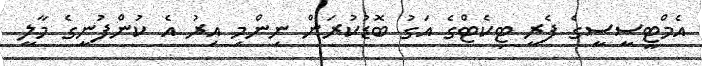
އެމްޓީސީސީގެ ފެރީ ޓިކެޓްގެ އަގު ބޮޑުކުރަން ނިންމި އިރު އެ ކުންފުނީގެ މާލީ